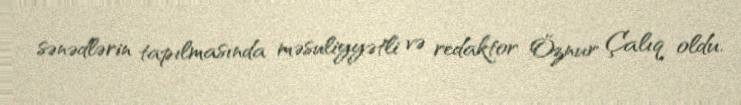
sənədlərin tapılmasında məsuliyyətli və redaktor Öznur Çalıq oldu.